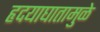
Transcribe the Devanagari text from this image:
हृदयाघातामुळे